Vaccination Hyderabad 1872-1889 - 1872-1889
Year: 1872
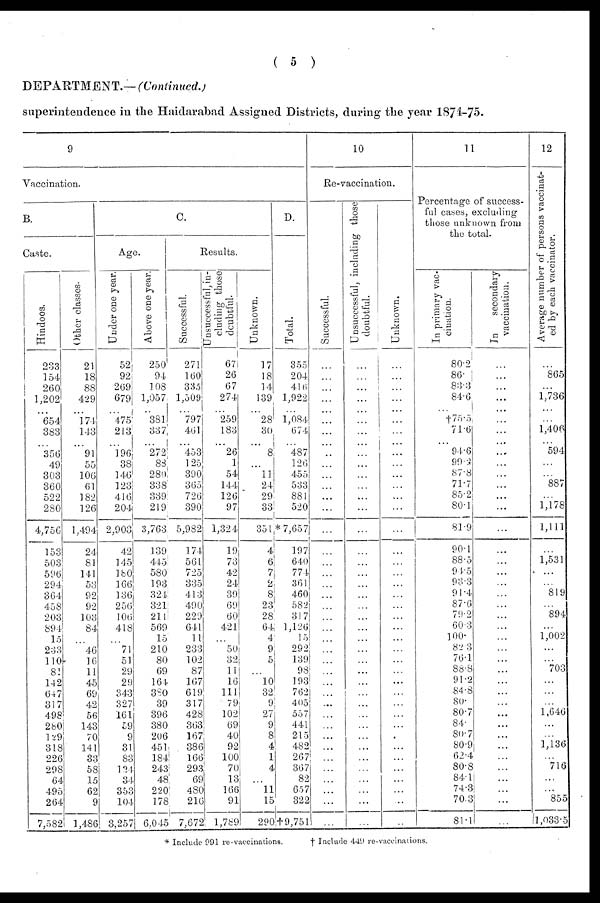
( 5 )
DEPARTMENT.— (Continued.)
superintendence in the Haidarabad Assigned Districts, during the year 1874-75.
9
Vaccination.
B.
Caste.
Hindoos.
233
154
260
1,202
...
654
383
...
356
49
303
360
522
280
4,756
153
503
596
294
364
458
203
894
15
233
110
81
142
647
317
498
260
129
318
226
298
64
495
264
7,582
Other classes.
21
18
88
429
... 174
143
...
91
55
106
61
182
126
1,494
24
81
141
53
92
92
103
84
...
46
16
11
45
69
42
56
143
70
141
33
58
15
62
9
1,486
C.
Age.
Under one year.
52
92
269
679
...
475
213
... 196
38
146
123
416
204
2,903
42
145
180
166
136
256
106
418
...
71
51
29
29
343
327
161
59
9
31
83
124
34
353
104
3,257
Above one year.
250
94
108
1,057
... 381
337
... 272
88
280
338
339
219
3,763
139
445
580
193
324
321
211
569
15
210
80
69
164
380
39
396
380
206
451
184
243
48
220
178
6,045
Results.
Successful.
271
160
335
1,509
... 797
461
...
453
125
390
365
726
390
5,982
174
561
725
335
413
490
229
641
11
233
102
87
167
619
317
428
363
167
386
166
293
69
480
216
7,672
Unsuccessful, in-
cluding those
doubtful.
67
26
67
274
... 797
183
... 26
1
54
144
126
97
1,324
19
73
42
24
39
69
60
421
...
50
32
11
16
111
79
102
69
40
92
100
70
13
166
91
1,789
Unknown.
17
18
14
139
... 28
30
...
8
...
11
24
29
33
351
4
6
7
2
8
23
28
64
4
9
5
...
10
32
9
27
9
8
4
1
4
...
11
15
290
D.
Total.
355
204
416
1,922
... 1,084
674
... 487
126
455
533
881
520
* 7,657
197
640
774
361
460
582
317
1,126
15
292
139
98
193
762
405
557
441
215
482
267
367
82
657
322
† 9,751
10
Re-vaccination.
Successful.
...
...
...
...
...
...
...
...
...
...
...
...
...
...
...
...
...
...
...
...
...
...
...
...
...
...
...
...
...
...
...
...
...
...
...
...
...
...
...
...
Unsuccessful, including those
doubtful.
...
...
...
...
...
...
...
...
...
...
...
...
...
...
...
...
...
...
...
...
...
...
...
...
...
...
...
...
...
...
...
...
...
...
...
...
...
...
...
...
Unknown.
...
...
...
...
...
...
...
...
...
...
...
...
...
...
...
...
...
...
...
...
...
...
...
...
...
...
...
...
...
...
...
...
...
...
...
...
...
...
...
...
11
Percentage of success-
ful cases, excluding
those unknown from
the total.
In primary vac-
cination.
80.2
86.
83.3
84.6
...
†75.5
71.6
... 94.6
99.2
87.8
71.7
85.2
80.1
81.9
90.1
88.5
94.5
93.3
91.4
87.6
79.2
60.3
100.
82.3
76.1
88.8
91.2
84.8
80.
80.7
84.
80.7
80.9
62.4
80.8
84.1
74.3
70.3
81.1
In
secondary
vaccination.
...
...
...
...
...
...
...
... ...
...
...
...
...
...
...
...
...
...
...
...
...
...
...
...
...
...
...
...
...
...
...
...
...
...
...
...
...
...
...
...
12
Average number of persons vaccinat-
ed by each vaccinator.
...
865
...
1,736
...
...
1,406
... 594
...
...
887
...
1,178
1,111
...
1,531
...
...
819
...
894
...
1,002
...
...
703
...
...
...
1,646
...
...
1,136
...
716
...
...
855
1,033.5
* Include 991 re-vaccinations.
† Include 449 re-vaccinations.